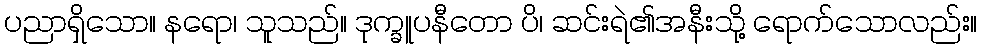
ပညာရှိသော။ နရော၊ သူသည်။ ဒုက္ခူပနီတော ပိ၊ ဆင်းရဲ၏အနီးသို့ ရောက်သောလည်း။